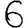
Digit: 6